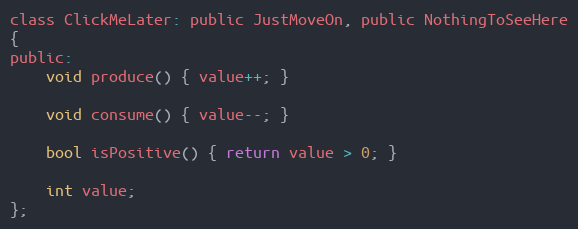
Language: C
class ClickMeLater: public JustMoveOn, public NothingToSeeHere
{
public:
	void produce() { value++; }

	void consume() { value--; }

	bool isPositive() { return value > 0; }

	int value;
};